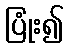
ပြုံး၍